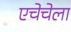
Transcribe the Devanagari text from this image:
एचेचेला